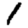
Digit: 1